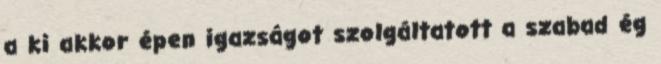
a ki akkor épen igazságot szolgáltatott a szabad ég